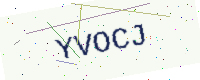
Text: YVOCJ